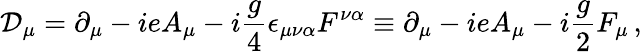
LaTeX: {\cal D}_{\mu}=\partial_{\mu}-{ieA_{\mu}}-i{\frac{g}{4}}\epsilon_{\mu\nu\alpha}F^{\nu\alpha}\equiv\partial_{\mu}-{ieA_{\mu}}-i{\frac{g}{2}}F_{\mu}\, ,